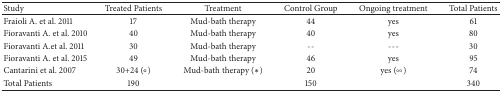
<table><thead><tr><td><b>Study</b></td><td><b>Treated Patients</b></td><td><b>Treatment</b></td><td><b>Control Group</b></td><td><b>Ongoing treatment</b></td><td><b> Total Patients</b></td></tr></thead><tbody><tr><td>Fraioli A. et al. 2011</td><td> 17</td><td>Mud-bath therapy</td><td> 44</td><td>yes</td><td> 61</td></tr><tr><td>Fioravanti A. et al. 2010</td><td> 40</td><td>Mud-bath therapy</td><td> 40</td><td>yes</td><td> 80</td></tr><tr><td>Fioravanti A.et al. 2011</td><td> 30</td><td>Mud-bath therapy</td><td>-<i> </i>-</td><td>-<i> </i>-<i> </i>-</td><td> 30</td></tr><tr><td>Fioravanti A. et al. 2015</td><td> 49</td><td>Mud-bath therapy</td><td> 46</td><td>yes</td><td> 95</td></tr><tr><td>Cantarini et al. 2007</td><td> 30+24 (°)</td><td>Mud-bath therapy (<i>∗</i>)</td><td> 20</td><td> yes (°°)</td><td> 74</td></tr><tr><td>Total Patients</td><td> 190</td><td> </td><td> 150</td><td> </td><td>340</td></tr></tbody></table>